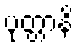
ပုတ္တာနိ